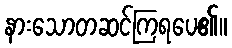
နားသောတဆင်ကြရပေ၏။